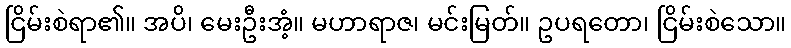
ငြိမ်းစဲရာ၏။ အပိ၊ မေးဦးအံ့။ မဟာရာဇ၊ မင်းမြတ်။ ဥပရတော၊ ငြိမ်းစဲသော။